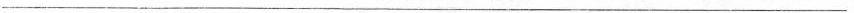
___